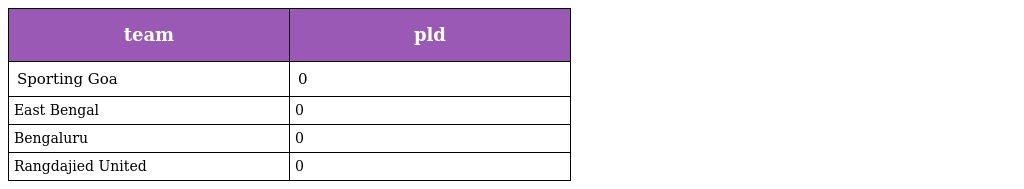
| team | pld |
 | --- | --- |
 | Sporting Goa | 0 |
 | East Bengal | 0 |
 | Bengaluru | 0 |
 | Rangdajied United | 0 |